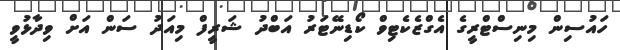
ހައުސިން މިނިސްޓްރީގެ އެގްޒެކެޓިވް ކޯޑިނޭޓަރު އަބްދު ޝަރީފް މިއަދު ސަން އަށް ވިދާޅުވީ